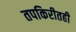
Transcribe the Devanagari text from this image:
तपकिरीतही